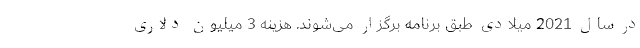
در سال 2021 میلادی طبق برنامه برگزار می‌شوند. هزینه 3 میلیون دلاری